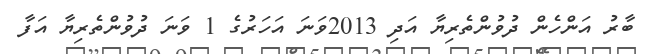
ބާރު އަންހެން ދުވުންތެރިޔާ އަދި 2013ވަނަ އަހަރުގެ 1 ވަނަ ދުވުންތެރިޔާ އަފާ